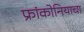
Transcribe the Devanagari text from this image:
फ्रांकोनियाचा